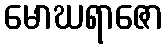
မောဃရာဇော